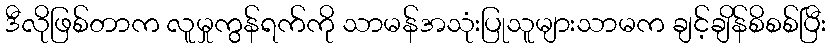
ဒီလိုဖြစ်တာက လူမှုကွန်ရက်ကို သာမန်အသုံးပြုသူများသာမက ချင့်ချိန်စိစစ်ပြီး